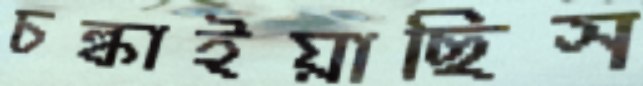
চল্‌কাইয়াছিস